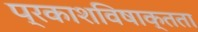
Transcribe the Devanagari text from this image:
प्रकाशविषाक्तता